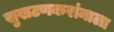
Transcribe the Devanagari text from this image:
सुखटणकरांनाला